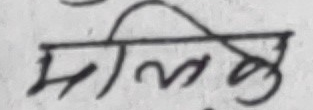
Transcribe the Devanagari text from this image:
मल्बु